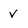
Character: V